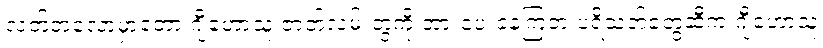
လတ်တလောမှာတော့ ဂျီဟောသူ ဇာတ်လမ်းတွဲကို အားပေးနေကြတဲ့ ပရိသတ်တွေဆီက ဂျီဟောသူ